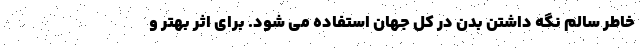
خاطر سالم نگه داشتن بدن در کل جهان استفاده می شود. برای اثر بهتر و